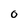
Character: 0